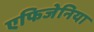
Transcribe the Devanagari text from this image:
एफिजेनिया